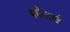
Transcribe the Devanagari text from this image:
बघेलखं